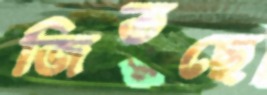
জিতছে